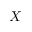
X